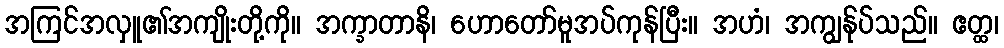
အကြင်အလှူ၏အကျိုးတို့ကို။ အက္ခာတာနိ၊ ဟောတော်မူအပ်ကုန်ပြီး။ အဟံ၊ အကျွန်ုပ်သည်။ ဧတ္ထ၊